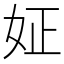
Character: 姃